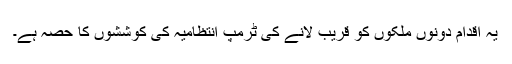
یہ اقدام دونوں ملکوں کو قریب لانے کی ٹرمپ انتظامیہ کی کوششوں کا حصہ ہے۔